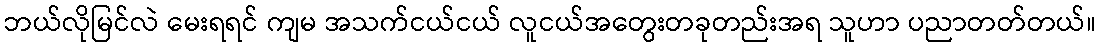
ဘယ်လိုမြင်လဲ မေးရရင် ကျမ အသက်ငယ်ငယ် လူငယ်အတွေးတခုတည်းအရ သူဟာ ပညာတတ်တယ်။